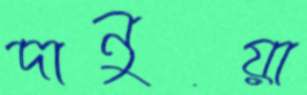
দানুয়া